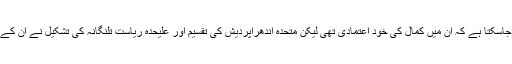
چندرابابو نائیڈو کے بارے میں یہ ضرور کہا جاسکتا ہے کہ ان میں کمال کی خود اعتمادی تھی لیکن متحدہ آندھراپردیش کی تقسیم اور علیحدہ ریاست تلنگانہ کی تشکیل نے ان کے حوصلوں اور سیاسی عزائم کو کافی متاثر کیا۔